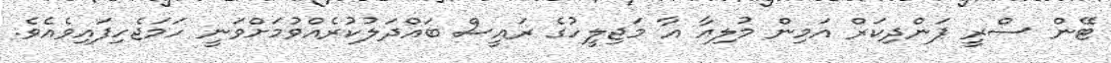
ޓޭން ސްރީ ޕަންދިކަރް އަމިން މުލިއާ އާ މަޖިލީހުގެ ރައީސް ބައްދަލުކުރެއްވުމަށްވަނީ ހަމަޖެހިފައިވެއެވެ.